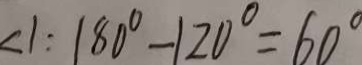
\angle 1 : 1 8 0 ^ { \circ } - 1 2 0 ^ { \circ } = 6 0 ^ { \circ }